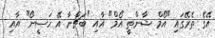
އޭގެ ތެރޭގައި "އޯމް ޝާންތީ އޯމް" އާއި "ބަޗްނާ އޭ ހަސީނޯ" އާއި